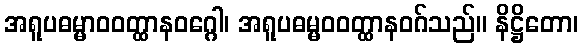
အရူပဓမ္မာဝဝတ္ထာနဝဂ္ဂေါ၊ အရူပဓမ္မဝဝတ္ထာနဝဂ်သည်။ နိဋ္ဌိတော၊